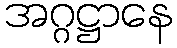
အဂ္ဂဋ္ဌာနေ